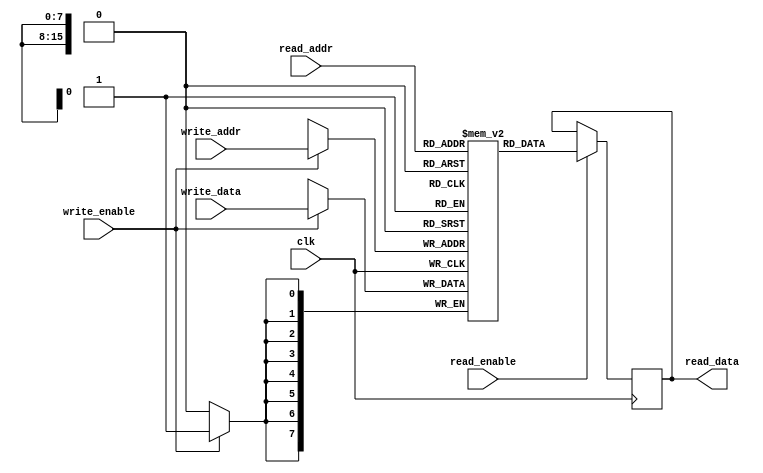
module dual_port_ram (
    input wire clk,
    input wire write_enable,
    input wire read_enable,
    input wire [15:0] write_addr,
    input wire [15:0] read_addr,
    input wire [7:0] write_data,
    output reg [7:0] read_data
);

reg [7:0] memory [0:65535];

always @(posedge clk) begin
    if (write_enable) begin
        memory[write_addr] <= write_data;
    end
    if (read_enable) begin
        read_data <= memory[read_addr];
    end
end

endmodule